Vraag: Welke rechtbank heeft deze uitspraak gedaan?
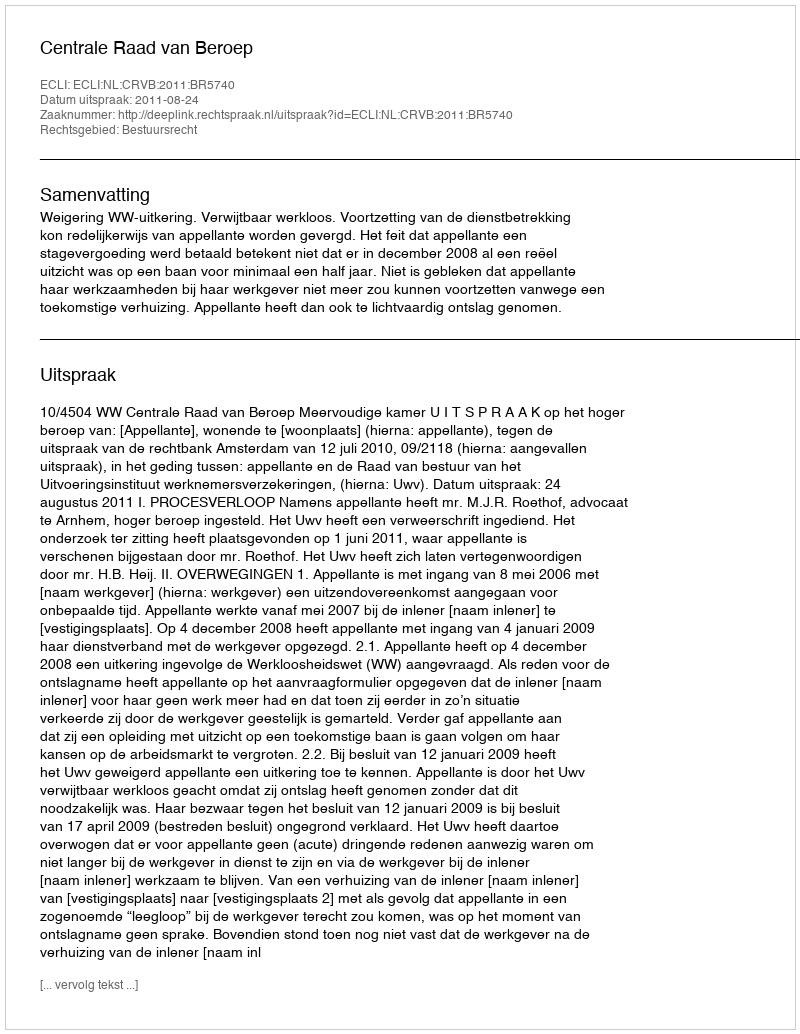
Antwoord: Centrale Raad van Beroep